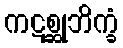
ကဋစ္ဆုဘိက္ခံ